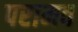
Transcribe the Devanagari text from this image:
परामव